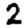
Digit: 2